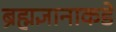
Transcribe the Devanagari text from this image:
ब्रह्मज्ञानाकडे